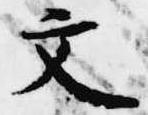
文